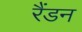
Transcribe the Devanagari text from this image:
रैंडन